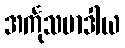
အင်္ကုသမာဒါယ